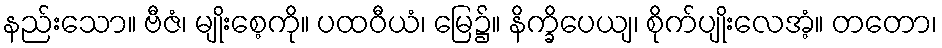
နည်းသော။ ဗီဇံ၊ မျိုးစေ့ကို။ ပထဝီယံ၊ မြေ၌။ နိက္ခိပေယျ၊ စိုက်ပျိုးလေအံ့။ တတော၊